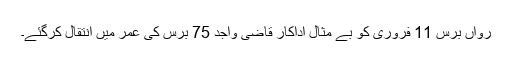
رواں برس 11 فروری کو بے مثال اداکار قاضی واجد 75 برس کی عمر میں انتقال کرگئے۔